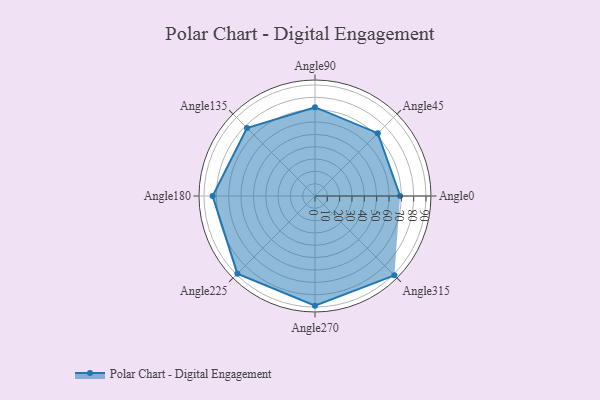
{"axis": {"x": "Angle", "y": "Radius"}, "legend": [""], "data": [{"x": "Angle0", "y": 69.0, "type": ""}, {"x": "Angle45", "y": 72.0, "type": ""}, {"x": "Angle90", "y": 72.0, "type": ""}, {"x": "Angle135", "y": 78.0, "type": ""}, {"x": "Angle180", "y": 83.0, "type": ""}, {"x": "Angle225", "y": 89.0, "type": ""}, {"x": "Angle270", "y": 89.0, "type": ""}, {"x": "Angle315", "y": 91.0, "type": ""}]}